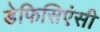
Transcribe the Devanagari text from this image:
डेफिसिएंसी